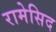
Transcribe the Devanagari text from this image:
रामेसिद